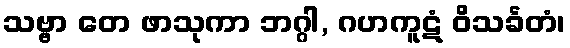
သဗ္ဗာ တေ ဖာသုကာ ဘဂ္ဂါ, ဂဟကူဋံ ဝိသင်္ခတံ၊